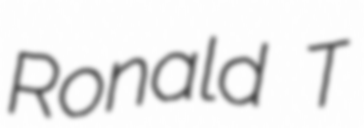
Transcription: Ronald T